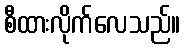
စီထားလိုက်လေသည်။